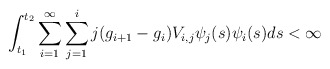
\begin{align*}\int_{t_1}^{t_2} \sum_{i=1}^{\infty} \sum_{j=1}^{i} j(g_{i+1}-g_i) V_{i,j}\psi_j(s)\psi_i(s)ds <\infty\end{align*}